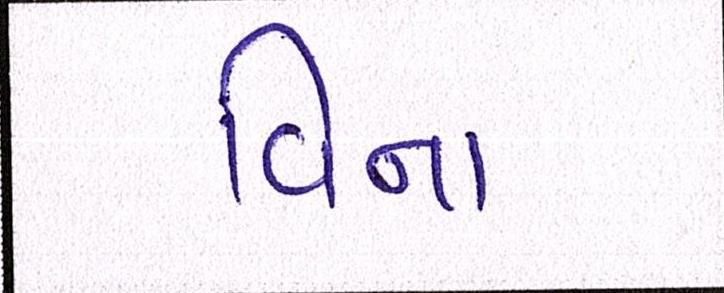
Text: વિના